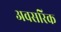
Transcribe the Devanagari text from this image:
अवसरिक